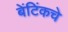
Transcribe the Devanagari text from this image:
बेंटिंकचे